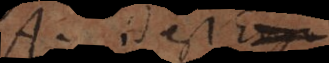
A, id est Ergo